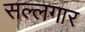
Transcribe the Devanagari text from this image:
सल्लगार